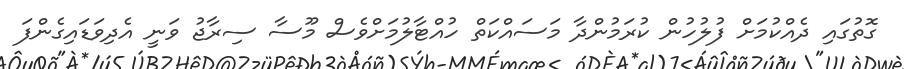
ގޮތުގައި ދެއްކުމަށް ފުލުހުން ކުރަމުންދާ މަސައްކަތް ހުއްޓާލުމަށްވެސް މޫސާ ސިރާޖު ވަނީ އެދިވަޑައިގެންފަ